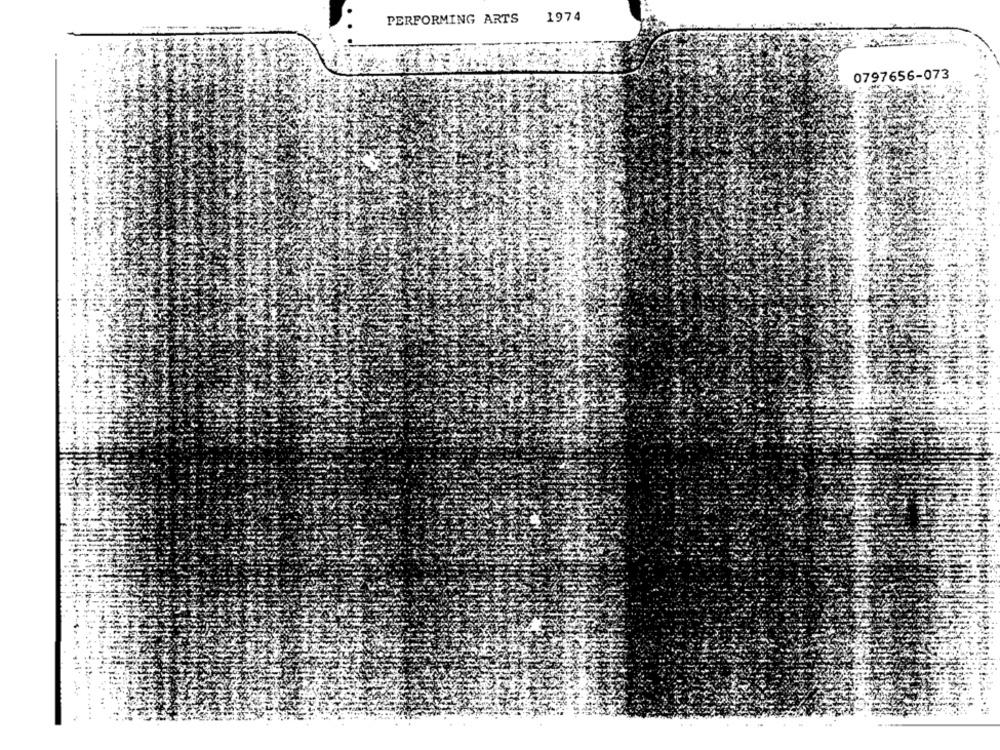
PERFORMING ARTS
1974
0797656-073